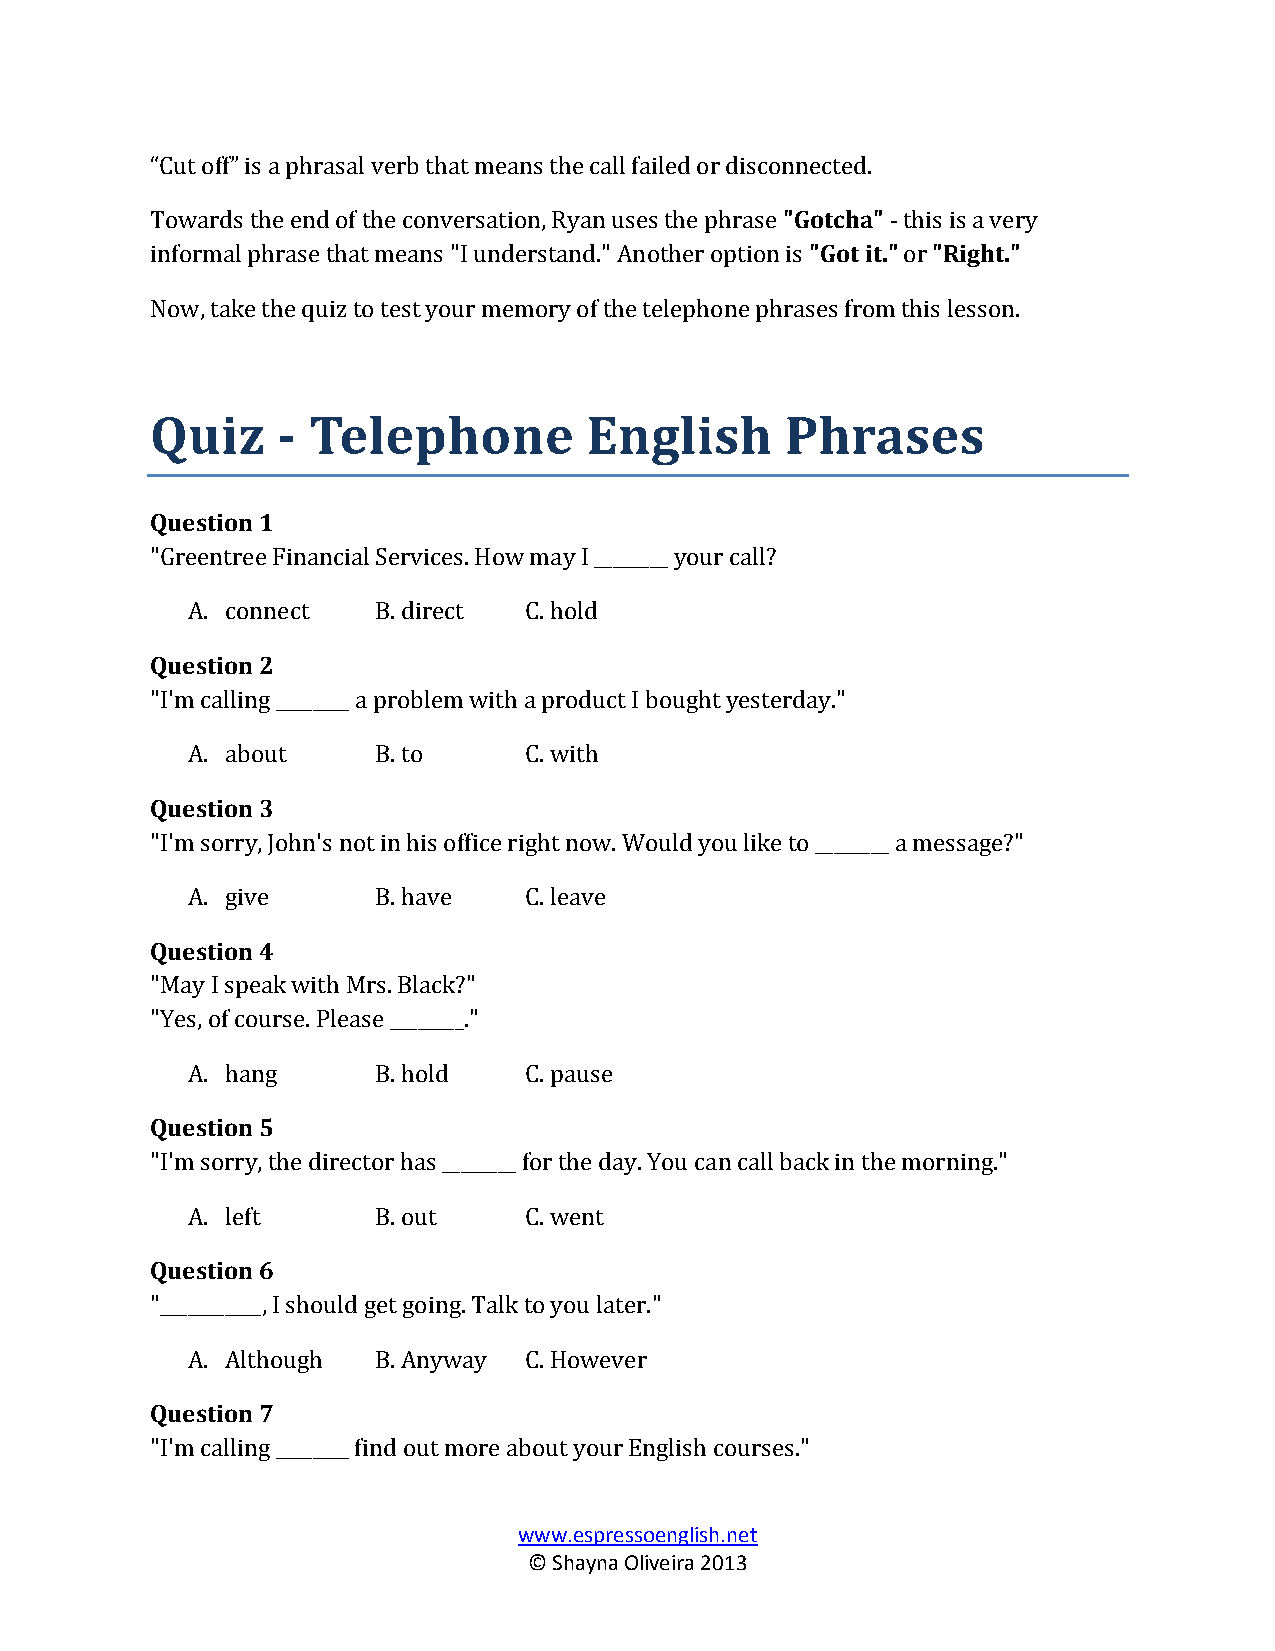
“Cut off” is a phrasal verb that means the call failed or disconnected.
 Towards the end of the conversation, Ryan uses the phrase "Gotcha" - this is a very
 informal phrase that means "I understand." Another option is "Got it." or "Right."
 Now, take the quiz to test your memory of the telephone phrases from this lesson.
 Quiz    - Telephone          English      Phrases
 Question 1
 "Greentree Financial Services. How may I ________ your call?
 A. connect   B. direct C. hold
 Question 2
 "I'm calling ________ a problem with a product I bought yesterday."
 A. about     B. to     C. with
 Question 3
 "I'm sorry, John's not in his office right now. Would you like to ________ a message?"
 A. give      B. have   C. leave
 Question 4
 "May I speak with Mrs. Black?"
 "Yes, of course. Please ________."
 A. hang      B. hold   C. pause
 Question 5
 "I'm sorry, the director has ________ for the day. You can call back in the morning."
 A. left      B. out    C. went
 Question 6
 "___________, I should get going. Talk to you later."
 A. Although  B. Anyway C. However
 Question 7
 "I'm calling ________ find out more about your English courses."
 www.espressoenglish.net
 © Shayna Oliveira 2013